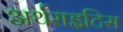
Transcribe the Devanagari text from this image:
अर्थराइटिस